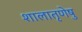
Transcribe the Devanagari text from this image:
शालातृणेषु